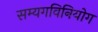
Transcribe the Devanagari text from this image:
सम्यगविनियोग